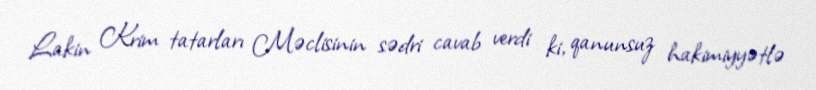
Lakin Krim tatarları Məclisinin sədri cavab verdi ki, qanunsuz hakimiyyətlə